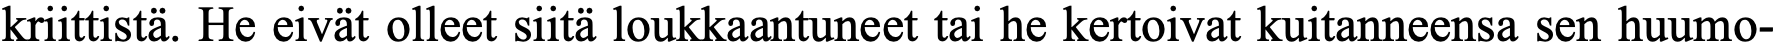
kriittistä. He eivät olleet siitä loukkaantuneet tai he kertoivat kuitanneensa sen huumo-